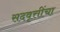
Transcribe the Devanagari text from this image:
सदवृत्तींचा